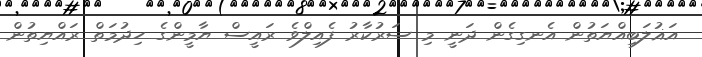
އަޣުލަބިއްޔަތުން އެނގިގެން ދަނީ މި ސަރުކާރު ފެއިލްވެ ރައީސް ޔާމީންގެ ހިދުމަތް ރައްޔިތުން